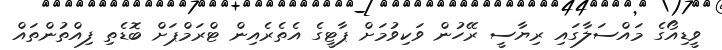
ވީޑިއޯގެ މައްސަލާގައި ރިޔާސީ ރޭހުން ވަކިވުމަށް ޕާޓީގެ އެތެރެއިން ޓްރަމްޕަށް ބޮޑެތި ފިއްތުންތައް